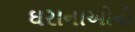
ઘરાનાઓની